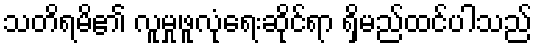
သတိရမိ၏ လူမှုဖူလုံရေးဆိုင်ရာ ရှိမည်ထင်ပါသည်